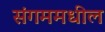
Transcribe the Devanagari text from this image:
संगममधील